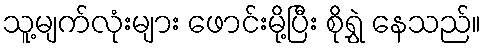
သူ့မျက်လုံးများ ဖောင်းမို့ပြီး စိုရွှဲ နေသည်။